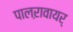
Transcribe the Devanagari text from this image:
पालऱावायर्